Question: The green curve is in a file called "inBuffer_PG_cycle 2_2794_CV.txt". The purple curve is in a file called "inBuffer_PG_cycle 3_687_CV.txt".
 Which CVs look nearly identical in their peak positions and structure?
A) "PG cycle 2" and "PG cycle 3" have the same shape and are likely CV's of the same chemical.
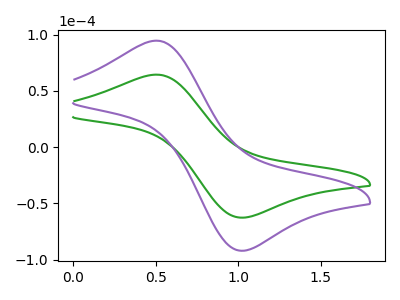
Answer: <think>The green curve "PG cycle 2" has an anodic peak at (0.50V, 64.35uA) and a cathodic peak at (1.05V, -62.70uA). The purple curve "PG cycle 3" has an anodic peak at (0.50V, 94.55uA) and a cathodic peak at (1.05V, -92.10uA).
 All the peaks in "PG cycle 2" have a peak in "PG cycle 3" at the same potential. Every peak in "PG cycle 2" is lower than every peak in "PG cycle 3".</think>
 <answer>A) "PG cycle 2" and "PG cycle 3" have the same shape and are likely CV's of the same chemical.</answer>
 <eval>A</eval>